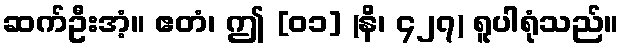
ဆက်ဦးအံ့။ ဧတံ၊ ဤ [၀၁] (နိ၊ ၄၂၇) ရူပါရုံသည်။